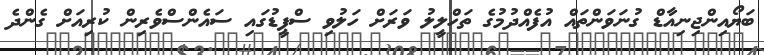
ބަޔޯއިންޖިނިއާޑް ގުނަވަންތައް އުފެއްދުމުގެ ތަހްލީލު ވަރަށް ހަލުވި ސްޕީޑުގައި ސައެންސްވެރިން ކުރިއަށް ގެންދެ